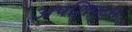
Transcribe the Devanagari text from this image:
अपशिफ्ट्स